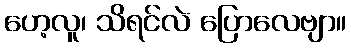
ဟေ့လူ၊ သိရင်လဲ ပြောလေဗျာ။